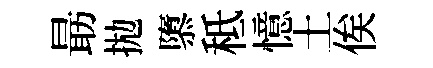
朂拋隳秪憶土俟